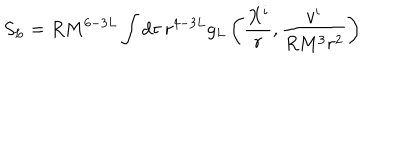
S _ { L } = R M ^ { 6 - 3 L } \int d \tau \, r ^ { 4 - 3 L } g _ { L } \left( \frac { X ^ { i } } { r } , \frac { v ^ { i } } { R M ^ { 3 } r ^ { 2 } } \right)